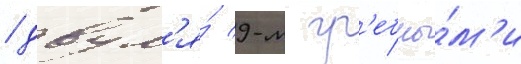
/ двум'я́ 9-м гр'ебны́м'и